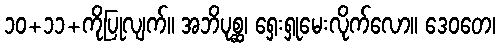
၁၀+၁၁+ကိုပြုလျက်။ အဘိပုစ္ဆ၊ ရှေးရှုမေးလိုက်လော။ ဒေဝတေ၊